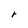
Character: r